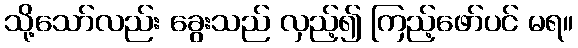
သို့သော်လည်း ခွေးသည် လှည့်၍ ကြည့်ဖော်ပင် မရ။